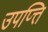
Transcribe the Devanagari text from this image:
उपप्त्ति